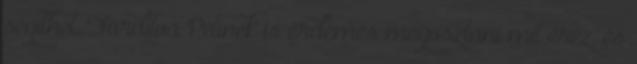
segíthet. Fordítva Petinek is érdemes megosztani mit érez, és